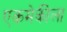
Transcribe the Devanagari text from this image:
एकमेकीला